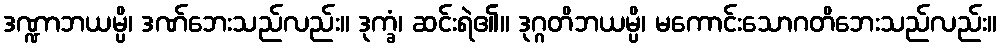
ဒဏ္ဍာဘယမ္ပိ၊ ဒဏ်ဘေးသည်လည်း။ ဒုက္ခံ၊ ဆင်းရဲ၏။ ဒုဂ္ဂတိဘယမ္ပိ၊ မကောင်းသောဂတိဘေးသည်လည်း။